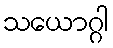
သယောဂ္ဂါ